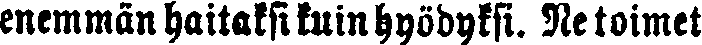
enemmän haitaksi kuin hyödyksi. Ne toimet